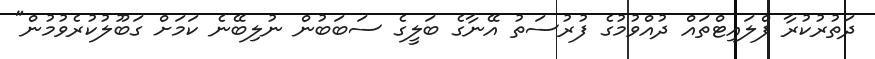
ދަތުރުކުރާ ފްލައިޓްތައް ދުއްވުމުގެ ފުރުސަތު އޭނާގެ ބަލީގެ ސަބަބުން ނުލިބޭނެ ކަމަށް ގަބޫލުކުރެވުމުން"